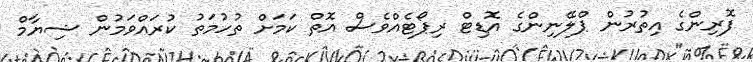
ފޮރިންގެ އިތުރުން ޕްލޭނިންގެ އޮޑިޓް ރިޕޯޓެއްވެސް އޮތް ކަމަށް ތުހުމަތު ކުރައްވަމުން ޝިޔާމް